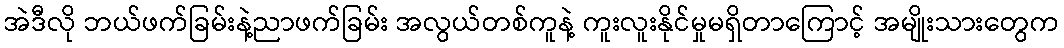
အဲဒီလို ဘယ်ဖက်ခြမ်းနဲ့ညာဖက်ခြမ်း အလွယ်တစ်ကူနဲ့ ကူးလူးနိုင်မှုမရှိတာကြောင့် အမျိုးသားတွေက